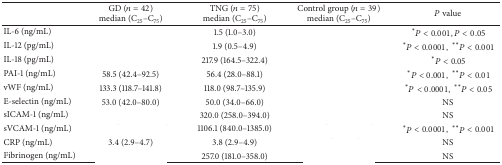
<table><thead><tr><td>[EMPTY_CELL]</td><td><b>GD (<i>n</i> = 42)median (C<sub>25</sub>–C<sub>75</sub>)</b></td><td><b>TNG (<i>n</i> = 75)median (C<sub>25</sub>–C<sub>75</sub>)</b></td><td><b>Control group (<i>n</i> = 39)median (C<sub>25</sub>–C<sub>75</sub>)</b></td><td><b><i>P</i> value</b></td></tr></thead><tbody><tr><td>IL-6 (ng/mL)</td><td>[EMPTY_CELL]</td><td>1.5 (1.0–3.0)</td><td>[EMPTY_CELL]</td><td> *<i>P</i> &lt; 0.001, <i>P</i> &lt; 0.05</td></tr><tr><td>IL-12 (pg/mL)</td><td>[EMPTY_CELL]</td><td>1.9 (0.5–4.9)</td><td>[EMPTY_CELL]</td><td> *<i>P</i> &lt; 0.0001, **<i>P</i> &lt; 0.001</td></tr><tr><td>IL-18 (pg/mL)</td><td>[EMPTY_CELL]</td><td>217.9 (164.5–322.4)</td><td>[EMPTY_CELL]</td><td> *<i>P</i> &lt; 0.05</td></tr><tr><td>PAI-1 (ng/mL)</td><td>58.5 (42.4–92.5)</td><td>56.4 (28.0–88.1)</td><td>[EMPTY_CELL]</td><td> *<i>P</i> &lt; 0.001, **<i>P</i> &lt; 0.01</td></tr><tr><td>vWF (ng/mL)</td><td>133.3 (118.7–141.8)</td><td>118.0 (98.7–135.9)</td><td>[EMPTY_CELL]</td><td> *<i>P</i> &lt; 0.0001, **<i>P</i> &lt; 0.05</td></tr><tr><td>E-selectin (ng/mL)</td><td>53.0 (42.0–80.0)</td><td>50.0 (34.0–66.0)</td><td>[EMPTY_CELL]</td><td>NS</td></tr><tr><td>sICAM-1 (ng/mL)</td><td>[EMPTY_CELL]</td><td>320.0 (258.0–394.0)</td><td>[EMPTY_CELL]</td><td>NS</td></tr><tr><td>sVCAM-1 (ng/mL)</td><td>[EMPTY_CELL]</td><td>1106.1 (840.0–1385.0)</td><td>[EMPTY_CELL]</td><td> *<i>P</i> &lt; 0.0001, **<i>P</i> &lt; 0.001</td></tr><tr><td>CRP (ng/mL)</td><td>3.4 (2.9–4.7)</td><td>3.8 (2.9–4.9)</td><td>[EMPTY_CELL]</td><td>NS</td></tr><tr><td>Fibrinogen (ng/mL)</td><td>[EMPTY_CELL]</td><td>257.0 (181.0–358.0)</td><td>[EMPTY_CELL]</td><td>NS</td></tr></tbody></table>